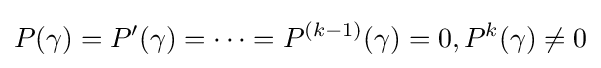
P(\gamma )=P'(\gamma )=\cdots =P^{(k-1)}(\gamma )=0,P^{k}(\gamma )\neq 0